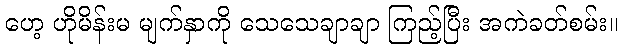
ဟေ့ ဟိုမိန်းမ မျက်နှာကို သေသေချာချာ ကြည့်ပြီး အကဲခတ်စမ်း။